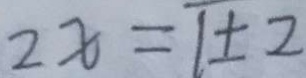
2 x = 1 \pm 2